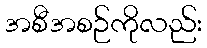
အစီအစဉ်ကိုလည်း